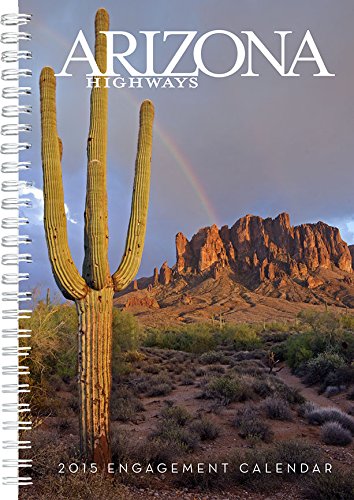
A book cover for Arizona Highways 2015 Engagement Calendar; Arizona Highways; Calendars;